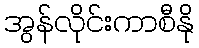
အွန်လိုင်းကာစီနို